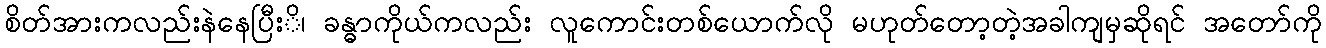
စိတ်အားကလည်းနဲနေပြီးိ၊ ခန္ဓာကိုယ်ကလည်း လူကောင်းတစ်ယောက်လို မဟုတ်တော့တဲ့အခါကျမှဆိုရင် အတော်ကို